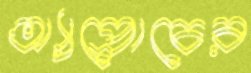
অ্যাপ্রোচের